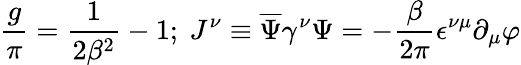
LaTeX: \frac{g}{\pi}=\frac{1}{2\beta^{2}}-1;\ J^{\nu}\equiv\overline{{{\Psi}}}\gamma^{\nu}\Psi=-\frac{\beta}{2\pi}\epsilon^{\nu\mu}\partial_{\mu}\varphi